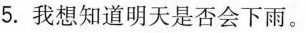
5.我想知道明天是否会下雨。